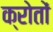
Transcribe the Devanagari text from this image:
क्रोतों